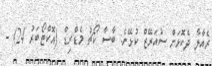
ރެއާލާ ދެކޮޅަށް ސުއަރޭޒް ކުޅޭނެ: ބާސާ ކޯޗު މެޑްރިޑް (އޮކްޓޯބަރު 24) -